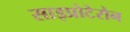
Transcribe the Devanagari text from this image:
साइप्रोटेरोन